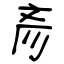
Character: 彥